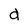
Character: d